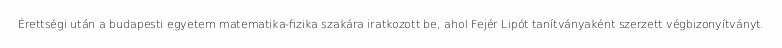
Érettségi után a budapesti egyetem matematika-fizika szakára iratkozott be, ahol Fejér Lipót tanítványaként szerzett végbizonyítványt.